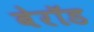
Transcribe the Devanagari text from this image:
बेरॉड